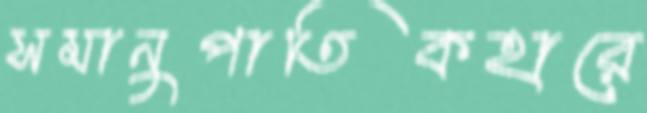
সমানুপাতিকহারে